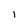
Character: 1